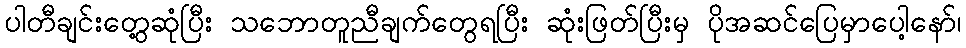
ပါတီချင်းတွေ့ဆုံပြီး သဘောတူညီချက်တွေရပြီး ဆုံးဖြတ်ပြီးမှ ပိုအဆင်ပြေမှာပေါ့နော်၊